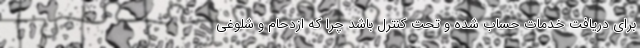
برای دریافت خدمات حساب شده و تحت کنترل باشد چرا که ازدحام و شلوغی